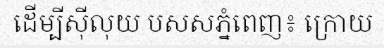
ដើម្បីស៊ីលុយ បសសភ្នំពេញ៖ ក្រោយ